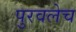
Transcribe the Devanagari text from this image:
पुरवलेच